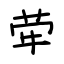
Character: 荦